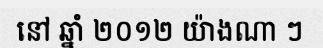
នៅ ឆ្នាំ ២០១២ យ៉ាងណា ៗ